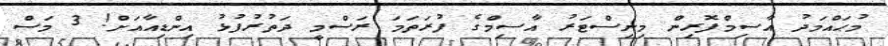
މުޙައްމަދު އާސިމްފޮރިން މިނިސްޓަރު އާސިމްގެ ފުރަތަމަ ރަސްމީ ދަތުރުފުޅު އިންޑިއާއަށް! 3 މަސް